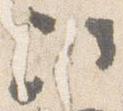
次